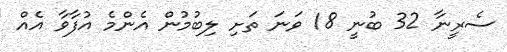
ސެރީނާ 32 ބުނީ 18 ވަނަ ތަށި ލިބުމުން އެންމެ އުފާވާ އެއް